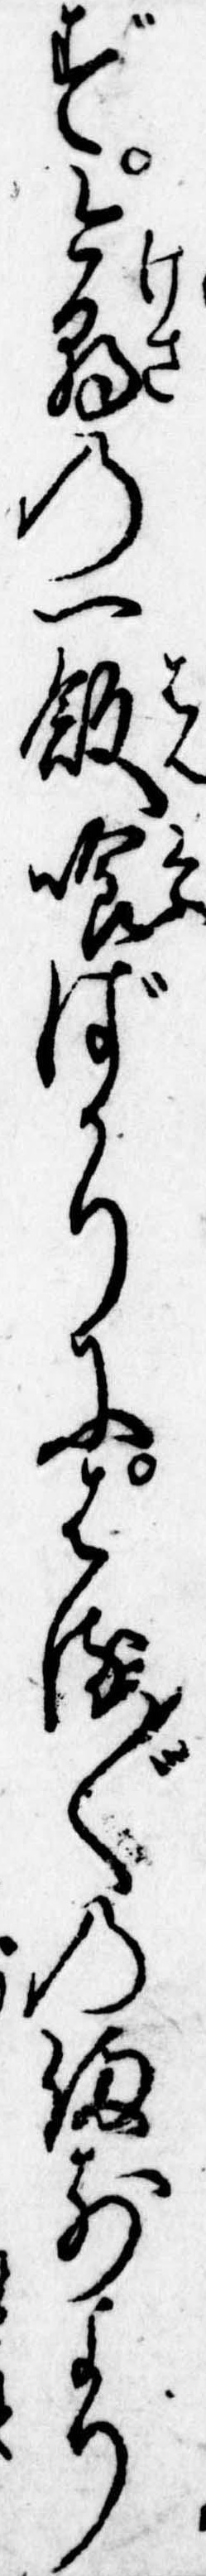
ず今朝の一飯喰ばかりにはる〲の備前より